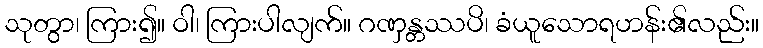
သုတွာ၊ ကြား၍။ ဝါ၊ ကြားပါလျက်။ ဂဏှန္တဿပိ၊ ခံယူသောရဟန်း၏လည်း။